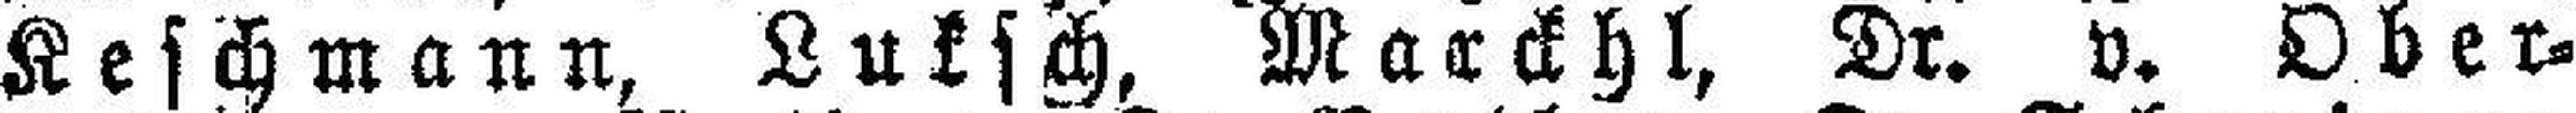
Keschmann, Luksch, Marckhl, Dr. v. Ober¬